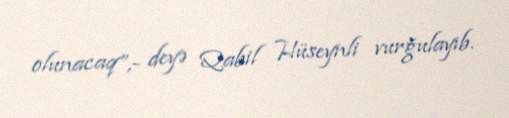
olunacaq”,- deyə Qabil Hüseynli vurğulayıb.